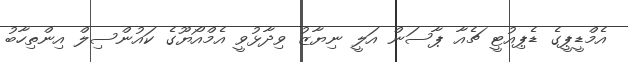
އެމްޑީޕީގެ ޑެޕިއުޓީ ޗެއާ ޕާސަން އަލީ ނިޔާޒު ވިދާޅުވީ އެމްއޯޔޫގެ ކައުންސިލް އިންތިހާބު